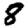
Digit: 8